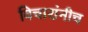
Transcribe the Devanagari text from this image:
विचारांनीच